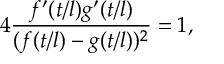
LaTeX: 4 \frac { f ^ { \prime } ( t / l ) g ^ { \prime } ( t / l ) } { ( f ( t / l ) - g ( t / l ) ) ^ { 2 } } = 1 ,